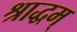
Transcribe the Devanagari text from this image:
श्राद्धम्‌